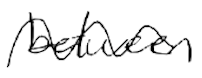
Text: between
Cross-out: wave
Writing tool: digital_black